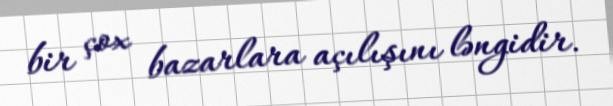
bir çox bazarlara açılışını ləngidir.